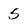
Character: 5